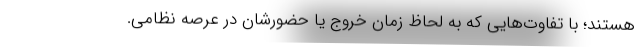
هستند؛ با تفاوت‌هایی که به لحاظ زمان خروج یا حضورشان در عرصه نظامی.